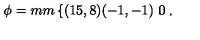
\phi = \setlength { \unitlength } { 1 m m } \left\{ \begin{picture} { ( 1 5 , 8 ) ( - 1 , - 1 ) \thicklines \put ( 0 , 0 ) { \line ( 1 , 0 ) { 1 0 } } } \\ \end{picture} \right. .